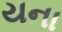
યના